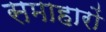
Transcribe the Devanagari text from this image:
समाहारों